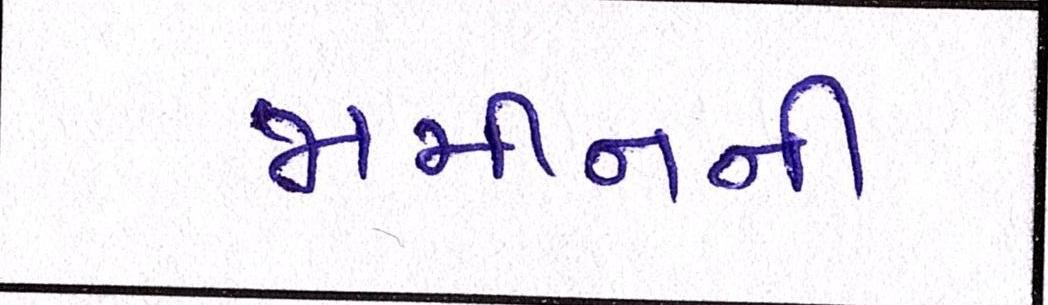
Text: જામીનની